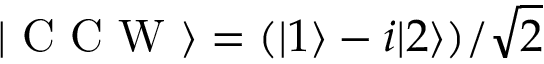
\vert \mathrm { ~ C ~ C ~ W ~ } \rangle = ( \vert 1 \rangle - i \vert 2 \rangle ) / \sqrt { 2 }